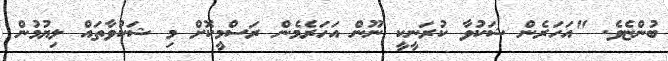
ބުންޏެވެ. "އަހަރެން ޝަކުވާ ކުރަނީކީ ނޫން އަހަރެމެން ރަސްމީކޮށް މި ޝަކުވާތައް ލިޔުމުން